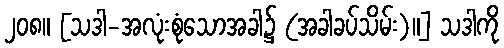
၂၀၈။ [သဒါ-အလုံးစုံသောအခါ၌ (အခါခပ်သိမ်း)။] သဒါကို